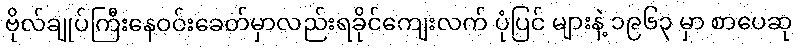
ဗိုလ်ချုပ်ကြီးနေဝင်းခေတ်မှာလည်းရခိုင်ကျေးလက် ပုံပြင် များနဲ့ ၁၉၆၃ မှာ စာပေဆု